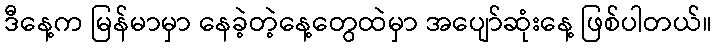
ဒီနေ့က မြန်မာမှာ နေခဲ့တဲ့နေ့တွေထဲမှာ အပျော်ဆုံးနေ့ ဖြစ်ပါတယ်။